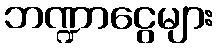
ဘဏ္ဍာငွေများ